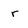
Character: r